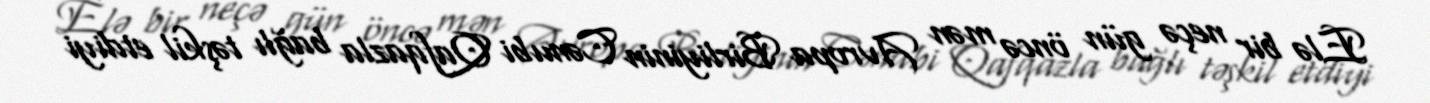
Elə bir neçə gün öncə mən Avropa Birliyinin Cənubi Qafqazla bağlı təşkil etdiyi